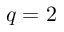
q = 2